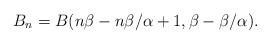
LaTeX: \begin{align*}B_{n}=B(n\beta - n \beta/\alpha + 1, \beta - \beta/\alpha).\end{align*}